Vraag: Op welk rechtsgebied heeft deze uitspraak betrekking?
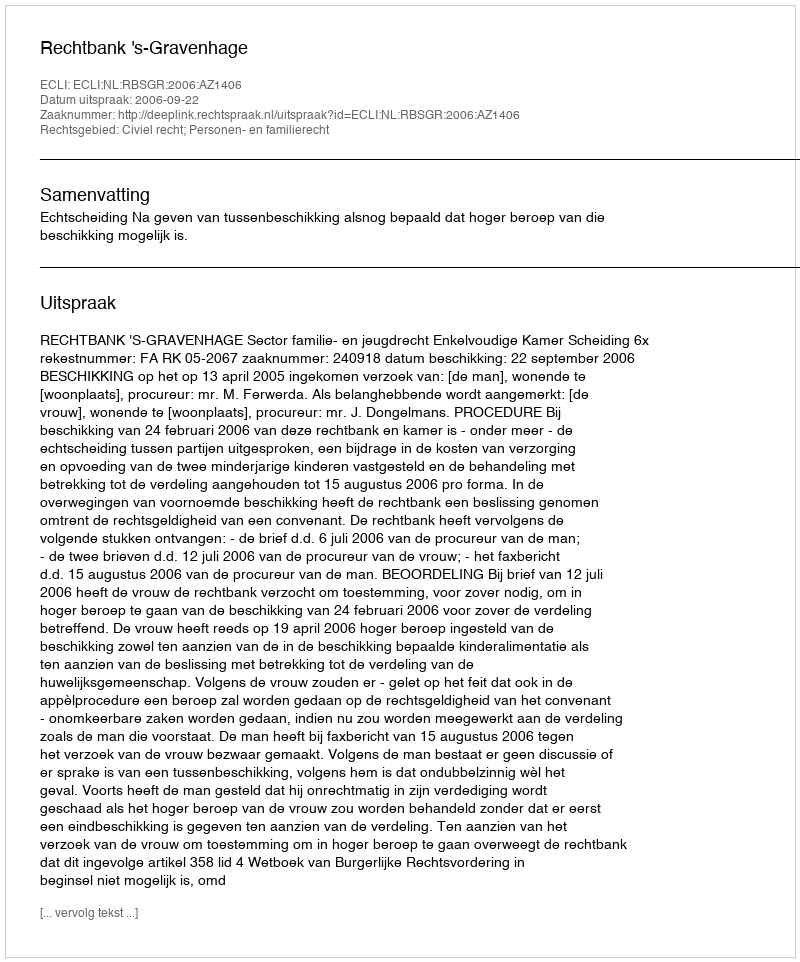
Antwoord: Civiel recht; Personen- en familierecht